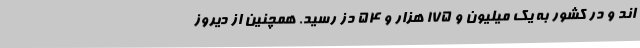
اند و در کشور به یک میلیون و ۱۷۵ هزار و ۵۴ دُز رسید. همچنین از دیروز